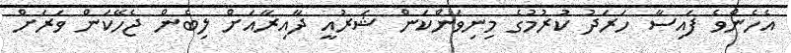
އެހެންވެ ފައިސާ ހަރަދު ކުރުމުގެ މިނިވަންކަން ޝަރުއީ ދާއިރާއަށް ލިބެން ޖެހޭކަން ވަރަށް